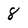
Character: 8